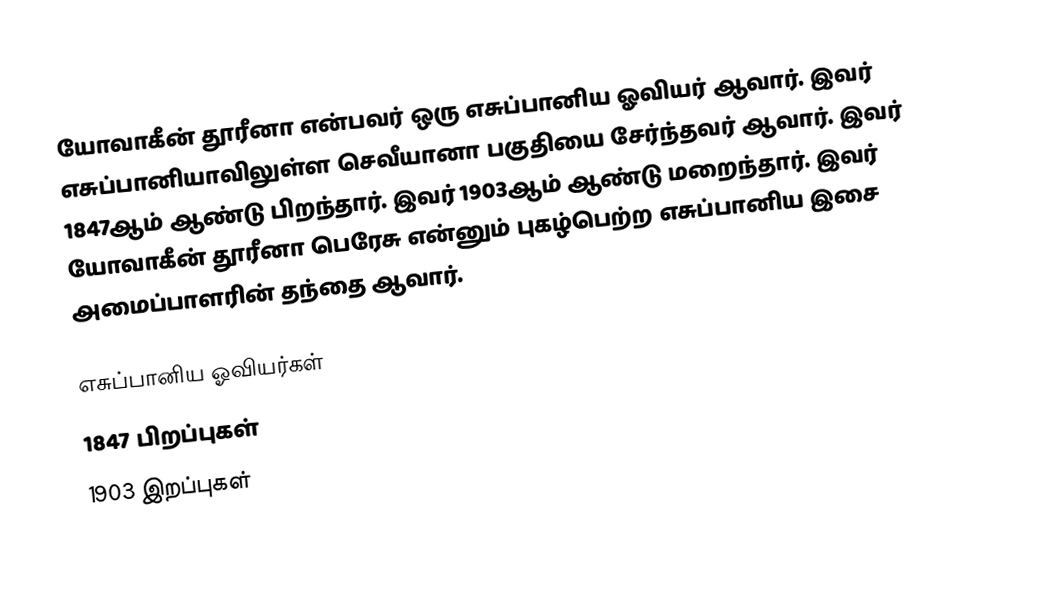
யோவாகீன் தூரீனா என்பவர் ஒரு எசுப்பானிய ஓவியர் ஆவார். இவர் எசுப்பானியாவிலுள்ள செவீயானா பகுதியை சேர்ந்தவர் ஆவார். இவர் 1847ஆம் ஆண்டு பிறந்தார். இவர் 1903ஆம் ஆண்டு மறைந்தார். இவர் யோவாகீன் தூரீனா பெரேசு என்னும் புகழ்பெற்ற எசுப்பானிய இசை அமைப்பாளரின் தந்தை ஆவார்.

எசுப்பானிய ஓவியர்கள்
1847 பிறப்புகள்
1903 இறப்புகள்